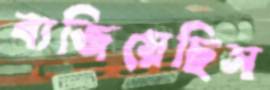
বাজিয়েছিস